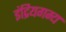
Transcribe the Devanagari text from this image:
इंद्रियगम्य